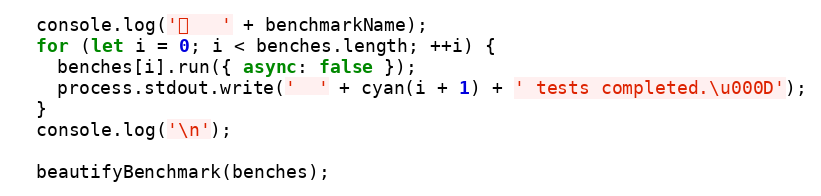
Language: JavaScript
  console.log('⏱️   ' + benchmarkName);
  for (let i = 0; i < benches.length; ++i) {
    benches[i].run({ async: false });
    process.stdout.write('  ' + cyan(i + 1) + ' tests completed.\u000D');
  }
  console.log('\n');

  beautifyBenchmark(benches);